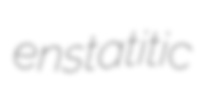
enstatitic